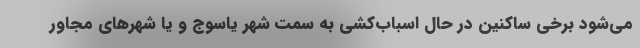
مي‌شود برخي ساكنين در حال اسباب‌كشي به سمت شهر ياسوج و يا شهرهاي مجاور